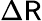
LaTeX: \Delta{\sf R}